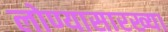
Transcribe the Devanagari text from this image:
लोण्यासारख्या